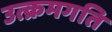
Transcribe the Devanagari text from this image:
उत्क्रमगति